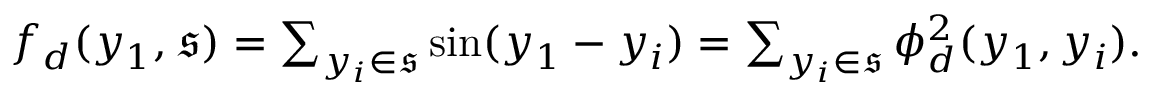
\begin{array} { r } { f _ { d } ( y _ { 1 } , \mathfrak { s } ) = \sum _ { y _ { i } \in \mathfrak { s } } \sin ( y _ { 1 } - y _ { i } ) = \sum _ { y _ { i } \in \mathfrak { s } } \phi _ { d } ^ { 2 } ( y _ { 1 } , y _ { i } ) . } \end{array}